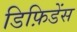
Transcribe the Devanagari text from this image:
डिफ़िडेंस